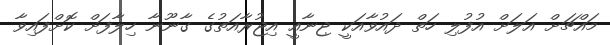
މައްޗަށް އަލަށް އުފުލި ހަތް ދައުވާއަކީ ޖިނާއީ އިޖުރާއަތުގެ ގާނޫނާ ހިލާފަށް ކޮށްފައިވާ